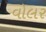
વોલર